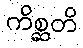
ကိစ္ဆတိ